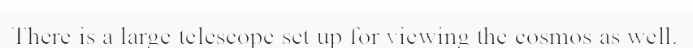
There is a large telescope set up for viewing the cosmos as well.